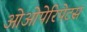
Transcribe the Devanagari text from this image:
ओओपेरिपेटस